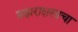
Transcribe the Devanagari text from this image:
ब्रह्मराक्षसाचा